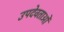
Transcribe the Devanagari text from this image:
उपदेवताओं